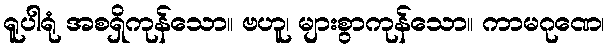
ရူပါရုံ အစရှိကုန်သော။ ဗဟူ၊ များစွာကုန်သော။ ကာမဂုဏေ၊